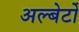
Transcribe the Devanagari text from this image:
अल्बेर्टों